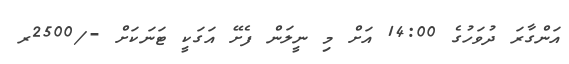
އަންގާރަ ދުވަހުގެ 14:00 އަށް މި ނީލަން ފެށޭ އަގަކީ ޓަނަކަށް -/2500ރ